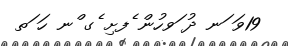
19ވަ ަނ ދު ަވހުން ެފށި ެގ ްނ ހަ ަތ